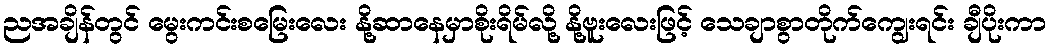
ညအချိန်တွင် မွေးကင်းစမြေးလေး နို့ဆာနေမှာစိုးရိမ်လို့ နို့ဗူးလေးဖြင့် သေချာစွာတိုက်ကျွေးရင်း ချီပိုးကာ